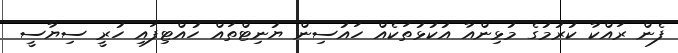
ފެން ރައްކާ ކުރުމުގެ މުޅިންއާ އުކުޅުތަކެއް ހައުސިން ޔުނިޓްތައް ހުއްޓިފައި ހުރީ ސިޔާސީ